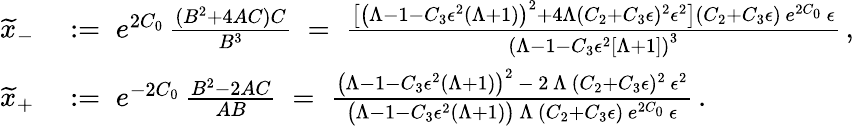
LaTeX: \begin{array}{rl}{\widetilde{x}_{-}}&{\; :=\; e^{2C_{0}}\, \frac{(B^{2}+4AC)C}{B^{3}}\; =\; \frac{\big[\big(\Lambda-1-C_{3}\epsilon^{2}(\Lambda+1)\big)^{2}+4\Lambda(C_{2}+C_{3}\epsilon)^{2}\epsilon^{2}\big](C_{2}+C_{3}\epsilon)\, e^{2C_{0}}\, \epsilon}{\left(\Lambda-1-C_{3}\epsilon^{2}\left[\Lambda+1\right]\right)^{3}}\, ,}\\ {\widetilde{x}_{+}}&{\; :=\; e^{-2C_{0}}\, \frac{B^{2}-2AC}{AB}\; =\; \frac{\big(\Lambda-1-C_{3}\epsilon^{2}(\Lambda+1)\big)^{2}\, -\, 2\, \Lambda\, (C_{2}+C_{3}\epsilon)^{2}\, \epsilon^{2}}{\big(\Lambda-1-C_{3}\epsilon^{2}(\Lambda+1)\big)\, \Lambda\, (C_{2}+C_{3}\epsilon)\, e^{2C_{0}}\, \epsilon}\, .}\end{array}